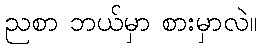
ညစာ ဘယ်မှာ စားမှာလဲ။